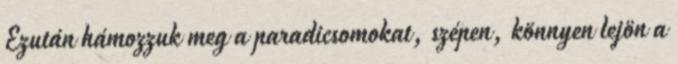
Ezután hámozzuk meg a paradicsomokat, szépen, könnyen lejön a